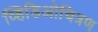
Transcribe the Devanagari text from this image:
व्हिडिओचित्रण